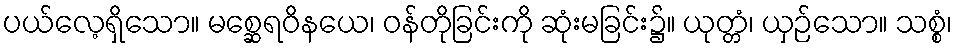
ပယ်လေ့ရှိသော။ မစ္ဆေရဝိနယေ၊ ဝန်တိုခြင်းကို ဆုံးမခြင်း၌။ ယုတ္တံ၊ ယှဉ်သော။ သစ္စံ၊